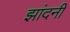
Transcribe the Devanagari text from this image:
झांदनी